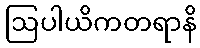
ဩပါယိကတရာနိ